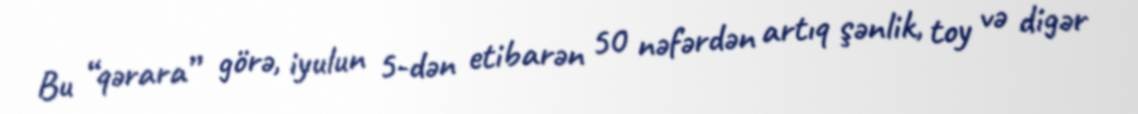
Bu “qərara” görə, iyulun 5-dən etibarən 50 nəfərdən artıq şənlik, toy və digər